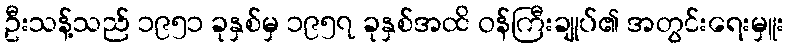
ဦးသန့်သည် ၁၉၅၁ ခုနှစ်မှ ၁၉၅၇ ခုနှစ်အထိ ဝန်ကြီးချုပ်၏ အတွင်းရေးမှူး